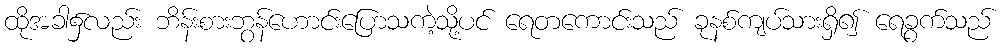
ထိုအခါ၌လည်း ဘိန်းစားဘွန်ဟောင်းပြောသကဲ့သို့ပင် ရေတကောင်းသည် ခုနစ်ကျပ်သားရှိ၍ ရေခွက်သည်